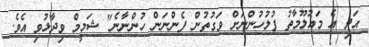
އަދި އެ މައުލޫމާތު ފުލުހުންނަށް ވަގުތުން ފެންނަން ހުންނާނެ" ޝަމީމް ވިދާޅުވި އެވެ.